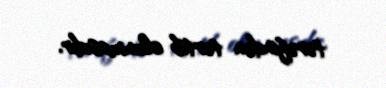
tərəfindən tərtib olunmasıdır.